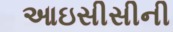
આઇસીસીની